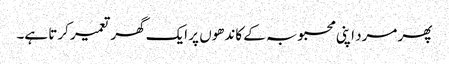
پھر مرد اپنی محبوبہ کے کاندھوں پر ایک گھر تعمیر کرتا ہے۔